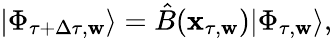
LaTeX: |\Phi_{\tau+\Delta\tau,\mathbf{w}}\rangle=\hat{{B}}(\mathbf{{x}}_{\tau,\mathbf{w}})|\Phi_{\tau,\mathbf{w}}\rangle,